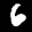
Label: 6